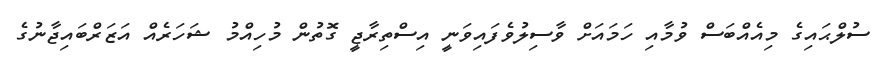
ސުލްޙައިގެ މިއެއްބަސް ވުމާއި ހަމައަށް ވާސިލުވެފައިވަނީ އިސްތިރާޖީ ގޮތުން މުހިއްމު ޝަހަރެއް އަޒަރްބައިޖާނުގެ